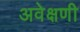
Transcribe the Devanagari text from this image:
अवेक्षणी